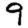
Digit: 9